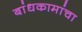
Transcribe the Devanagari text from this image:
बांधकामांचा